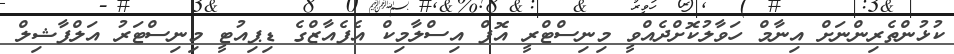
ކުޅުންތެރިންނަށް އިނާމް ހަވާލުކޮށްދެއްވީ މިނިސްޓްރީ އޮފް އިސްލާމިކް އެފެއާޒްގެ ޑިޕިއުޓީ މިނިސްޓަރު އަލްފާޝިލް